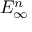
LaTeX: E _ { \infty } ^ { n }